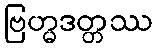
ဗြဟ္မဒတ္တဿ